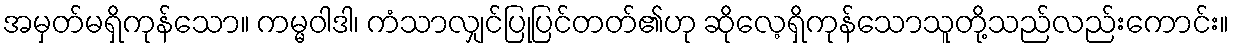
အမှတ်မရှိကုန်သော။ ကမ္မဝါဒါ၊ ကံသာလျှင်ပြုပြင်တတ်၏ဟု ဆိုလေ့ရှိကုန်သောသူတို့သည်လည်းကောင်း။